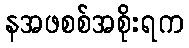
နအဖစစ်အစိုးရက